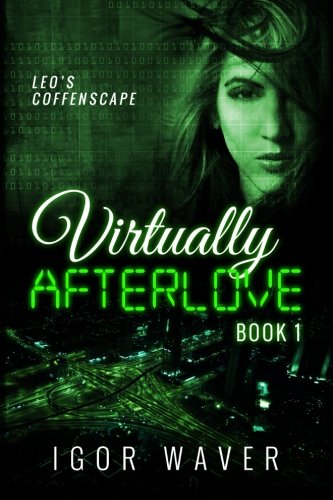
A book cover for Virtually Afterlove: Leo's Coffenscape (Volume 1); Igor Waver; Literature & Fiction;